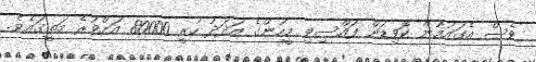
ވެސް އެގައުމުން ކޮވިޑަށް ފައްސިވި މީހުންގެ އަދަދު ހުރީ 80000 އަށްވުރެ މަތީގައެވެ.